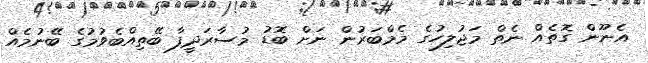
އެނޫން ގޮތެއް ނެތް މަޖުލިހުގެ މެމްބަރުން ނަށް ބޮޑު މުސާރަދީފާ ބޭތިއްބެވުމުގެ ބޭނުމެއް